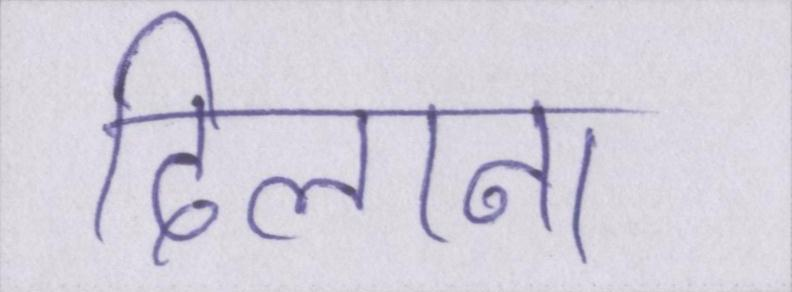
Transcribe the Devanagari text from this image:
दिलाना